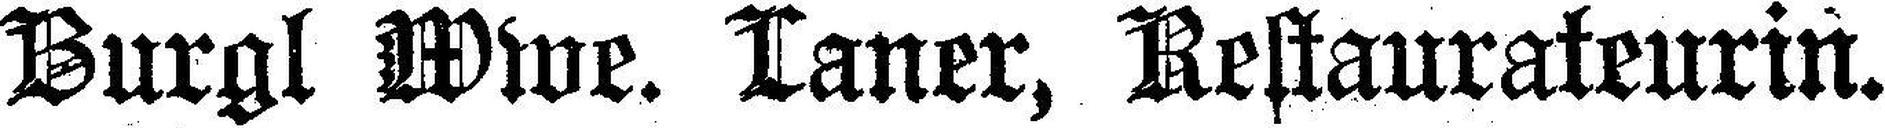
Burgl Wwe. Laner, Restaurateurin.